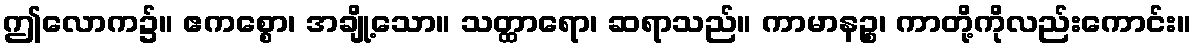
ဤလောက၌။ ဧကစ္စော၊ အချို့သော။ သတ္ထာရော၊ ဆရာသည်။ ကာမာနဉ္စ၊ ကာတို့ကိုလည်းကောင်း။